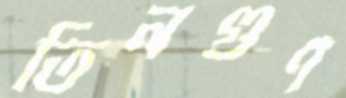
তিনগুণ